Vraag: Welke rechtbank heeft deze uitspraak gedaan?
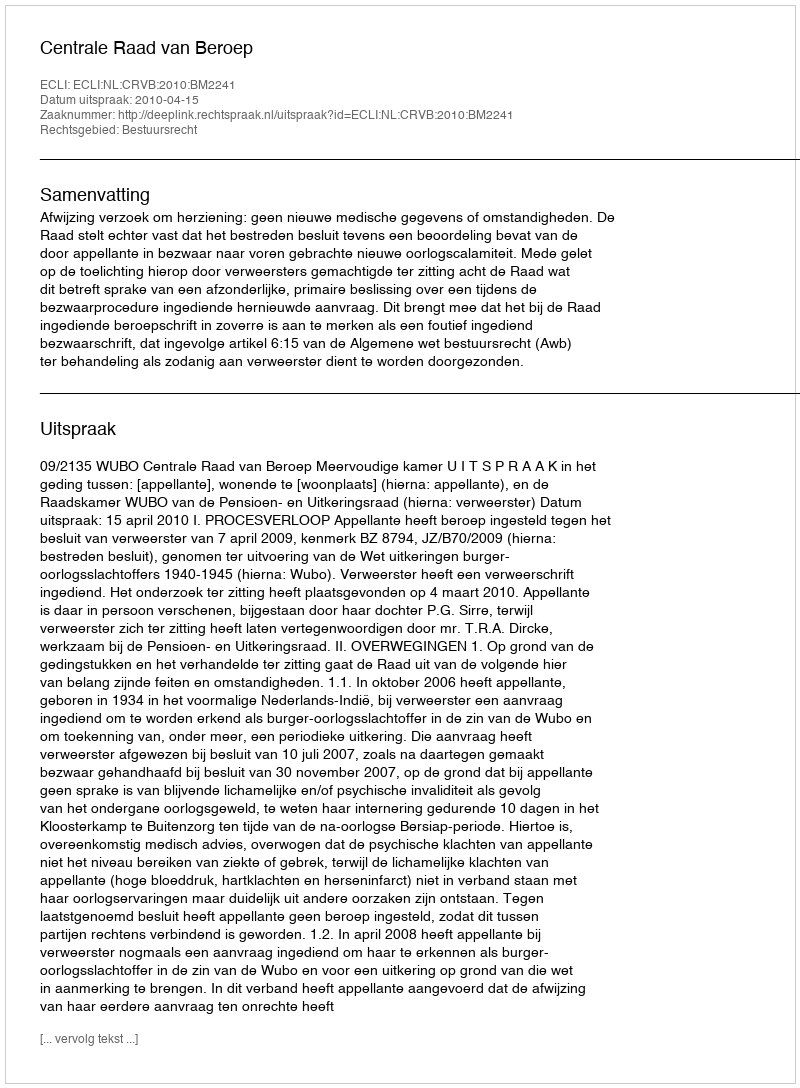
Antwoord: Centrale Raad van Beroep